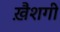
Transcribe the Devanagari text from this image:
ख़ैशगी